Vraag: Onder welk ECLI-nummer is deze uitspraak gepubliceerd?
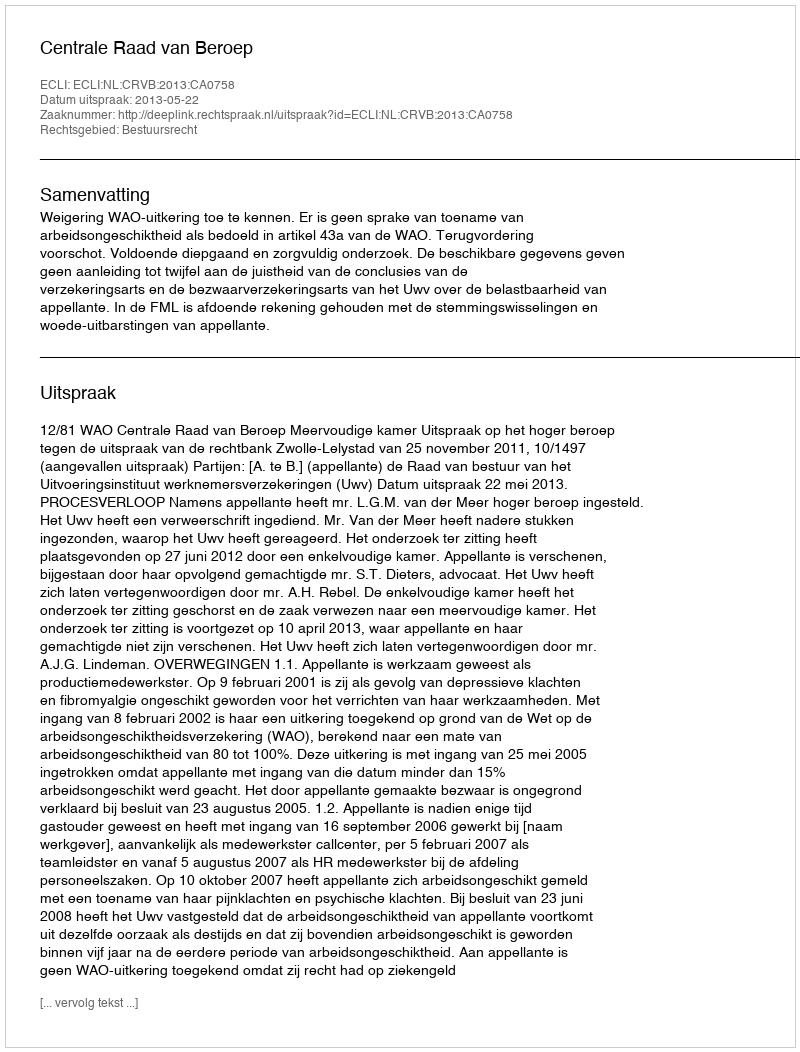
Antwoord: ECLI:NL:CRVB:2013:CA0758